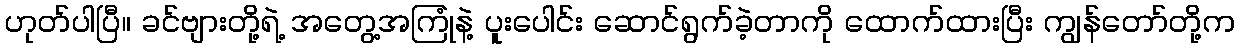
ဟုတ်ပါပြီ။ ခင်ဗျားတို့ရဲ့ အတွေ့အကြုံနဲ့ ပူးပေါင်း ဆောင်ရွက်ခဲ့တာကို ထောက်ထားပြီး ကျွန်တော်တို့က